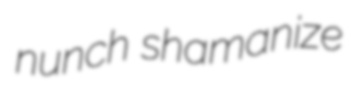
nunch shamanize